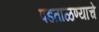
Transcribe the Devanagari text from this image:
पडताळण्याचे